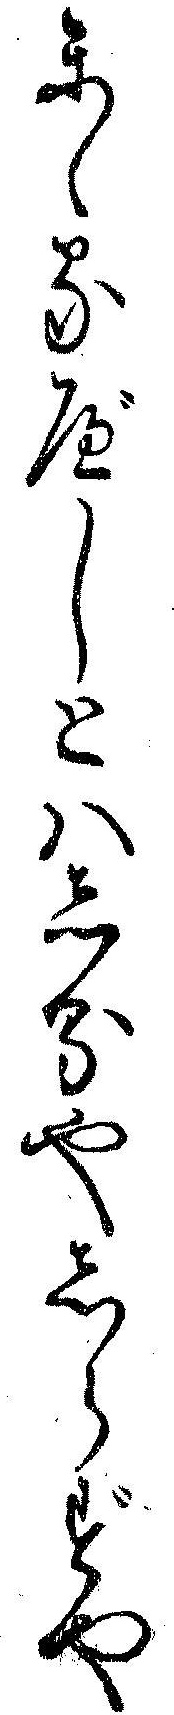
かゝるべしとハしるやしらずや